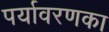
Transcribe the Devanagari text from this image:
पर्यावरणका